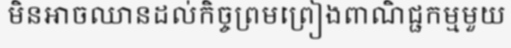
មិនអាចឈានដល់កិច្ចព្រមព្រៀងពាណិជ្ជកម្មមួយ